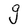
Character: g